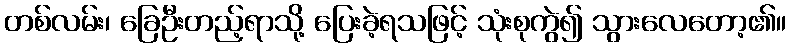
တစ်လမ်း၊ ခြေဦးတည့်ရာသို့ ပြေးခဲ့ရသဖြင့် သုံးစုကွဲ၍ သွားလေတော့၏။